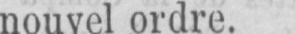
nouvel ordre.